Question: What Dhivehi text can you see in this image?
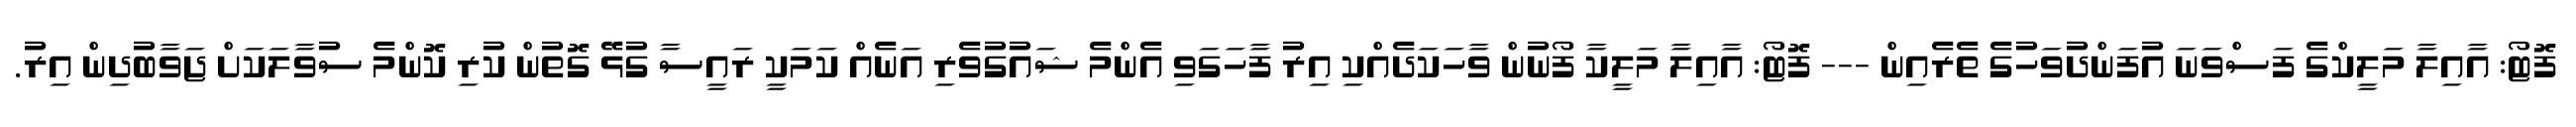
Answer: ފޮޓޯ: އާއިލާ މަލީކްގެ ފަސްވަނަ އުފަންދުވަހުގެ ތެރެއިން --- ފޮޓޯ: އާއިލާ މަލީކާ ފޯނުން ވާހަކަދެއްކި އިރު ފާހަގަވި އެންމެ ޝައުގުވެރި އަނެއް ކަމަކީ ރައީސާ ގުޅޭ ގޮތުން ކުރި ކޮންމެ ސުވާލަކަށް ޖަވާބުދިން އިރު.